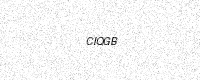
Text: CIQGB